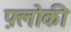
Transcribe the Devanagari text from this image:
फ़्लोकी